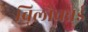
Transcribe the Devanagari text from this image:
विलोचन्नई